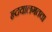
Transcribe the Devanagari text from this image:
हृदयालगतचा